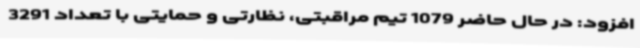
افزود: در حال حاضر 1079 تیم مراقبتی، نظارتی و حمایتی با تعداد 3291